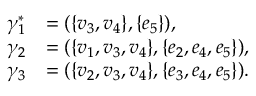
\begin{array} { r l } { \gamma _ { 1 } ^ { \ast } } & { = ( \{ v _ { 3 } , v _ { 4 } \} , \{ e _ { 5 } \} ) , } \\ { \gamma _ { 2 } } & { = ( \{ v _ { 1 } , v _ { 3 } , v _ { 4 } \} , \{ e _ { 2 } , e _ { 4 } , e _ { 5 } \} ) , } \\ { \gamma _ { 3 } } & { = ( \{ v _ { 2 } , v _ { 3 } , v _ { 4 } \} , \{ e _ { 3 } , e _ { 4 } , e _ { 5 } \} ) . } \end{array}